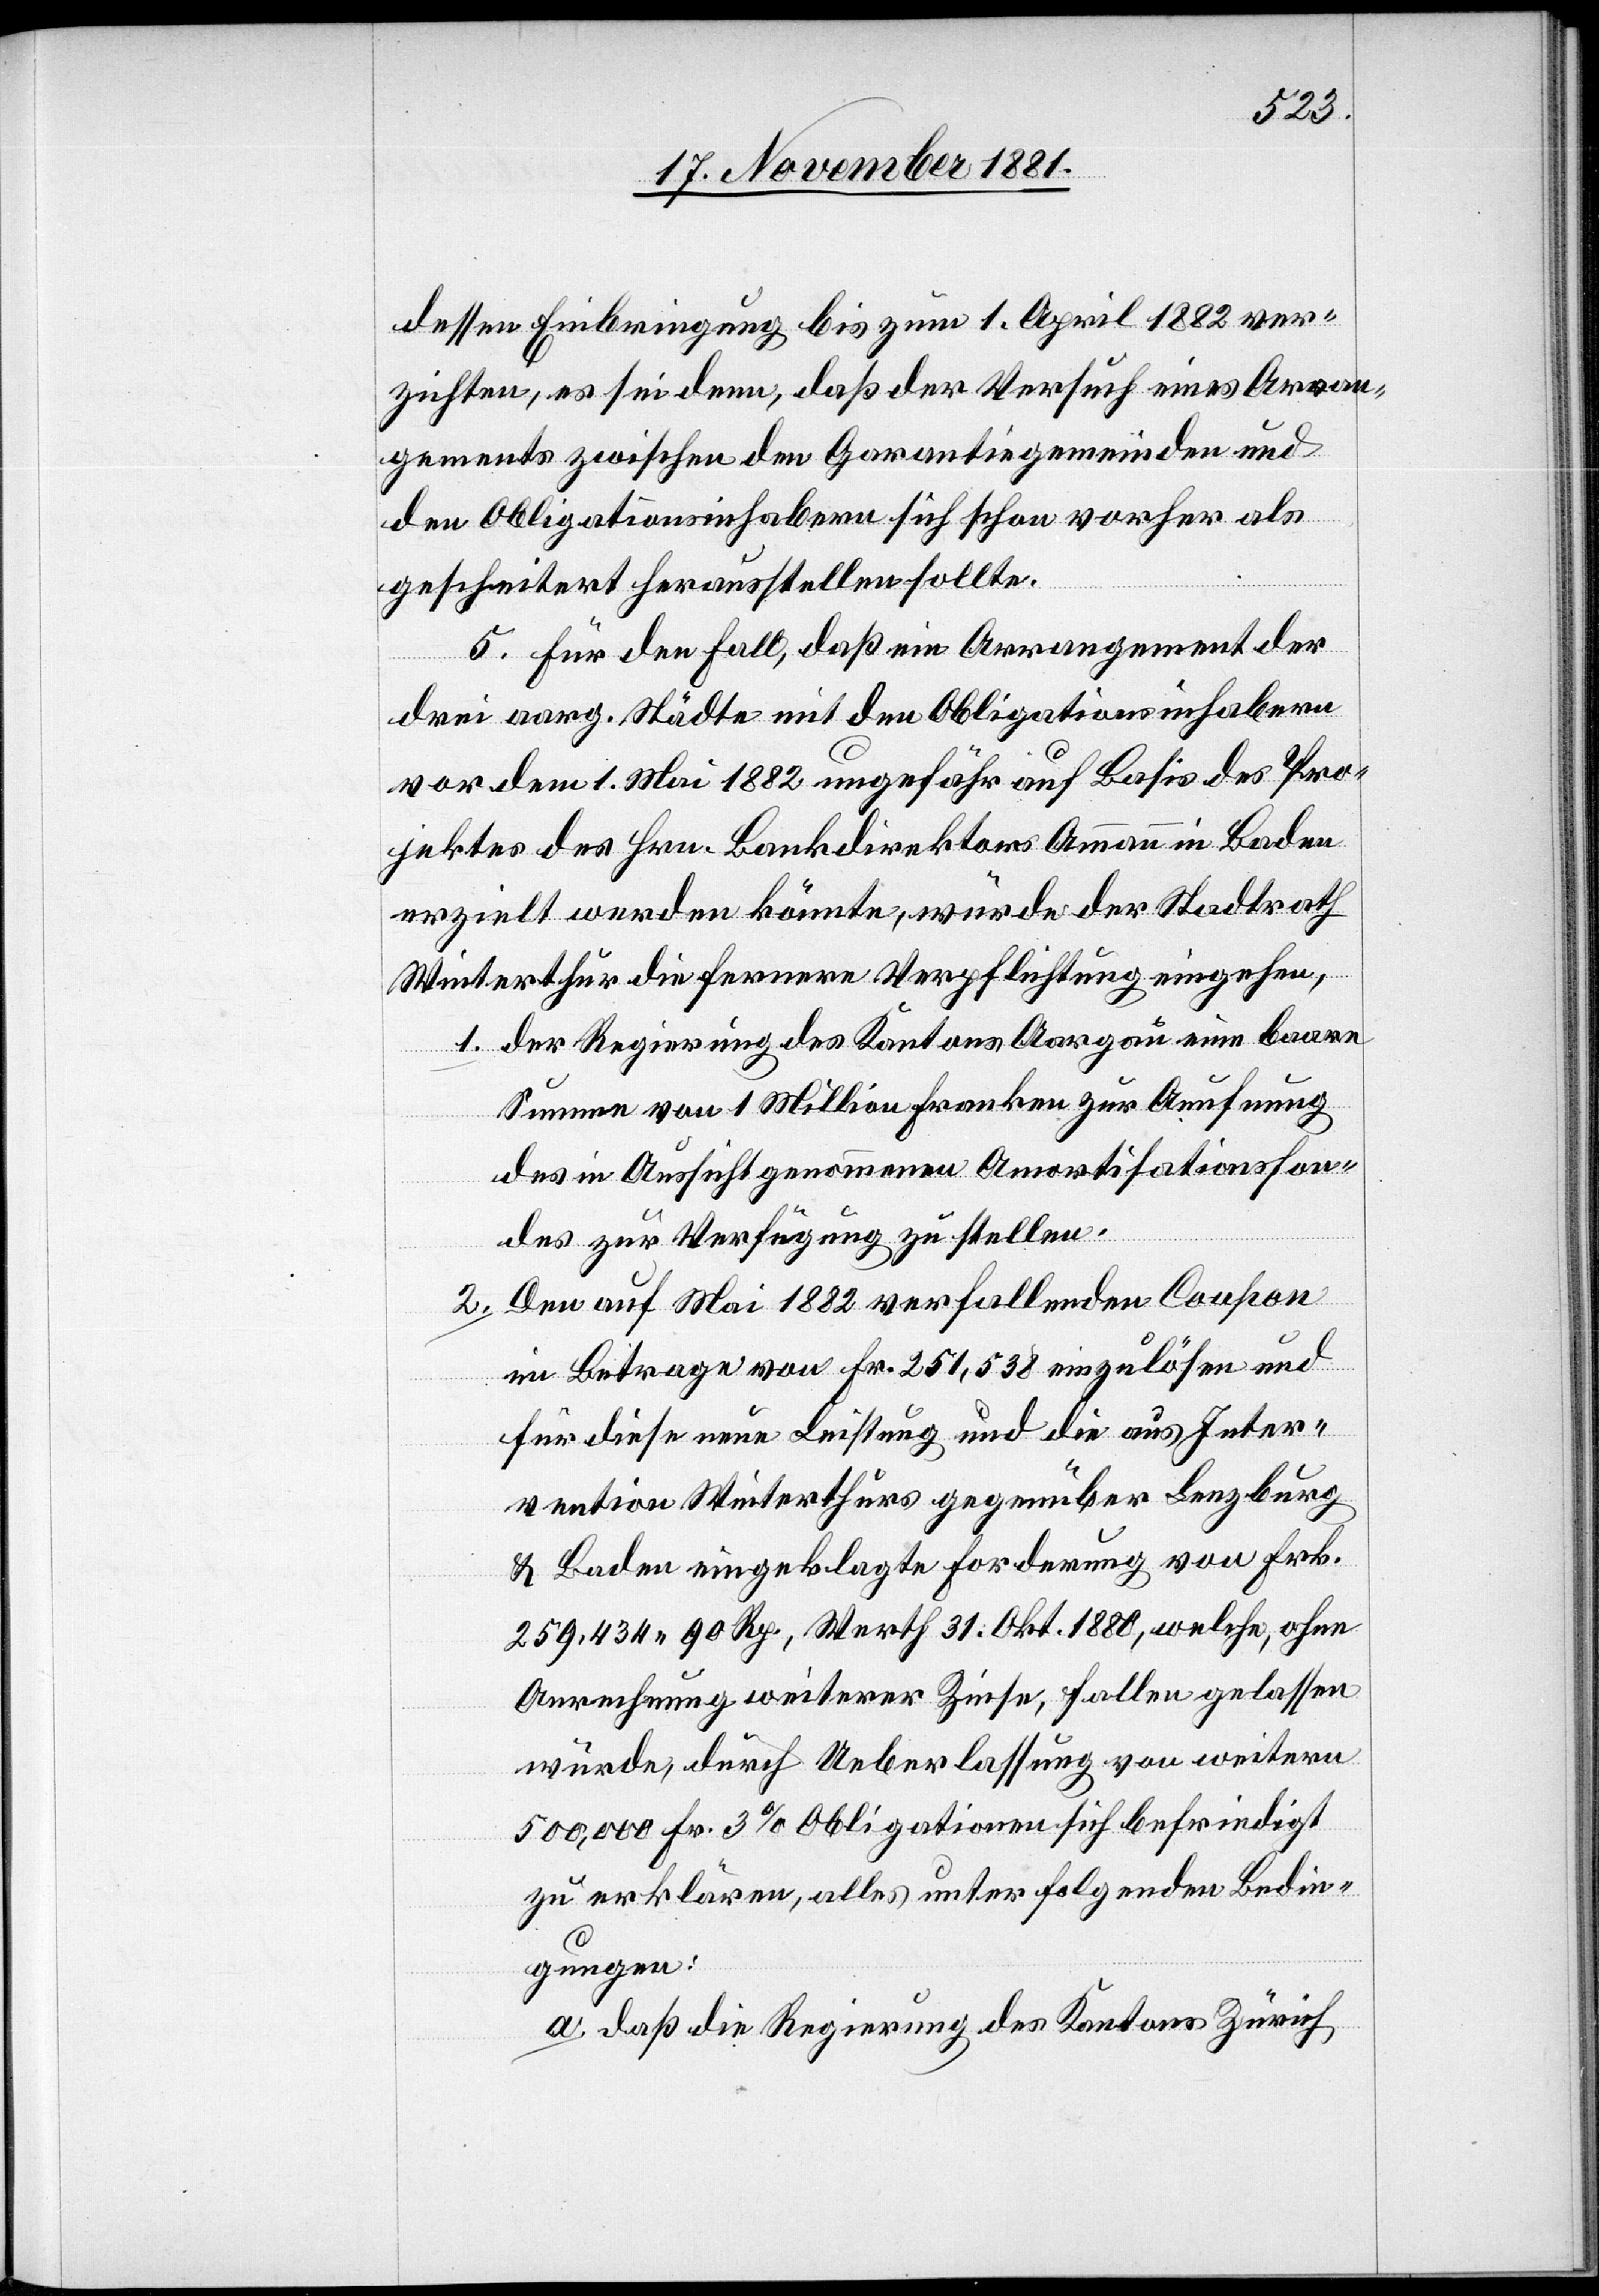
dessen Einbringung bis zum 1. April 1882 ver¬
zichten, es sei denn, daß der Versuch eines Arran¬
gements zwischen den Garantiegemeinden und
den Obligationsinhabern sich schon vorher als
gescheitert herausstellen sollte.
5. Für den Fall, daß ein Arrangement der
drei aarg. Städte mit den Obligationsinhabern
vor dem 1. Mai 1882 ungefähr auf Basis des Pro¬
jektes des Hrn. Bankdirektors Ammann in Baden
erzielt werden könnte, würde der Stadtrath
Winterthur die fernere Verpflichtung eingehen,
1. der Regierung des Kantons Aargau eine baare
Summe von 1 Million Franken zur Aeufnung
des in Aussicht genommenen Amortisationsfon¬
des zur Verfügung zu stellen.
2. Den auf Mai 1882 verfallenden Coupon
im Betrage von Fr. 251,538 einzulösen und
für diese neue Leistung und die aus Inter¬
vention Winterthurs gegenüber Lenzburg
& Baden eingeklagte Forderung von Fr.
259,434 90 Rp., Werth 31. Okt. 1880, welche, ohne
Anrechnung weiterer Zinse, fallen gelassen
würde, durch Ueberlassung von weitern
500,000 Fr. 3% Obligationen sich befriedigt
zu erklären, alles unter folgenden Bedin¬
gungen:
a. daß die Regierung des Kantons Zürich